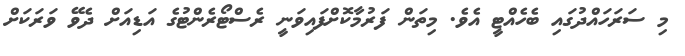
މި ސަރަހައްދުގައި ބެހެއްޓީ އެވެ. މިތަން ފަރުމާކޮށްފައިވަނީ ރެސްޓޯރެންޓުގެ އަޑިއަށް ދެވޭ ވަރަކަށް